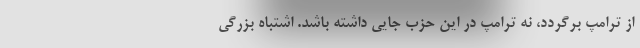
از ترامپ برگردد، نه ترامپ در این حزب جایی داشته باشد. اشتباه بزرگی